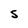
Character: s